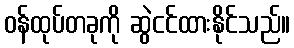
ဝန်ထုပ်တခုကို ဆွဲငင်ထားနိုင်သည်။